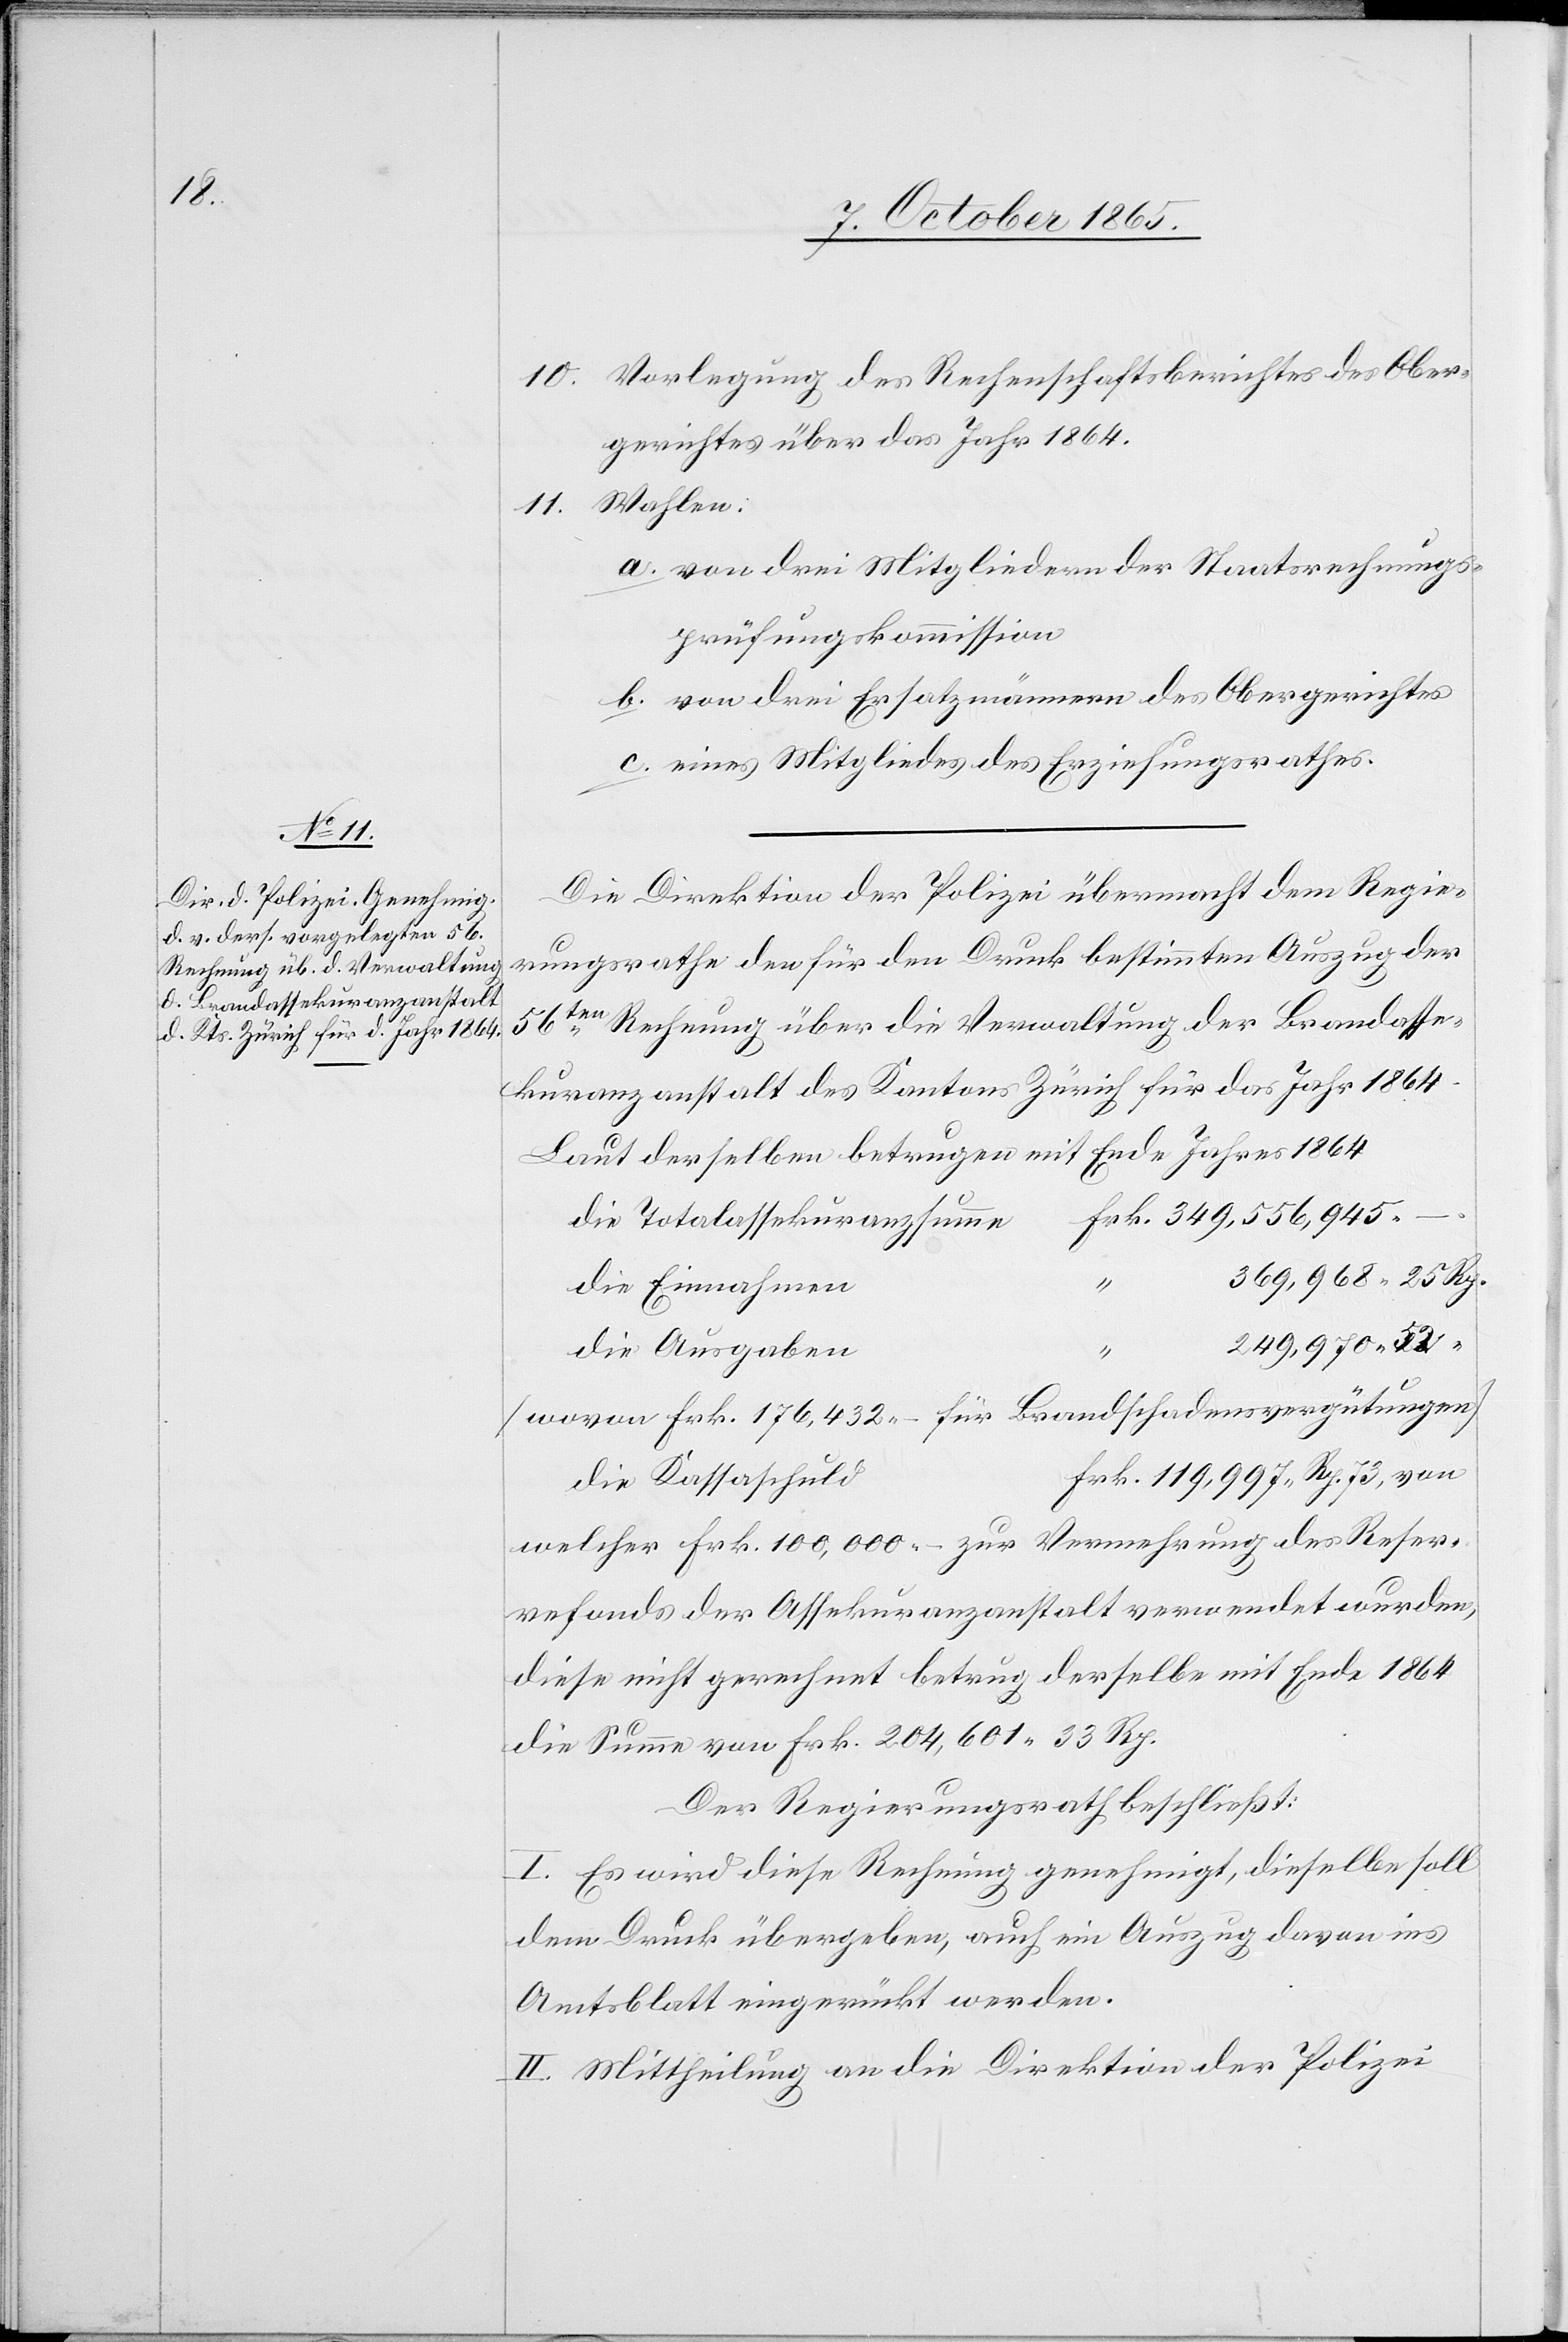
10. Vorlegung des Rechenschaftsberichtes des Ober¬
gerichtes über das Jahr 1864.
Wahlen:
11.
a. von drei Mitgliedern der Staatsrechnungs¬
prüfungskommission
b. von drei Ersatzmännern des Obergerichtes
c. eines Mitgliedes des Erziehungsrathes.
Die Direktion der Polizei übermacht dem Regie¬
Rp.
rungsrathe den für den Druck bestimmten Auszug der
56ten Rechnung über die Verwaltung der Brandasse¬
kuranzanstalt des Kantons Zürich für das Jahr 1864.
Laut derselben betrugen mit Ende Jahres 1864
die Totalassekuranzsumme
die Einnahmen
249,970
die Ausgaben
[Wovon Frk. 176,432.– für Brandschadenvergütungen]
die Kassaschuld
welcher Frk. 100,000.– zu Vermehrung des Reser¬
vefonds der Assekuranzanstalt verwendet wurden,
diese nicht gerechnet betrug derselbe mit Ende 1864
die Summe von Frk. 204,601 33 Rp.
Der Regierungsrath beschließt:
I. Es wird diese Rechnung genehmigt, dieselbe soll
dem Druck übergeben, auch ein Auszug davon ins
Amtsblatt eingerückt werden.
II. Mittheilung an die Direktion der Polizei